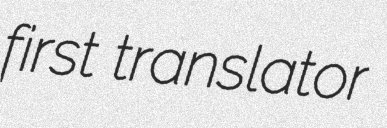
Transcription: first translator